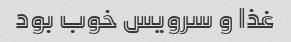
غذا و سرویس خوب بود